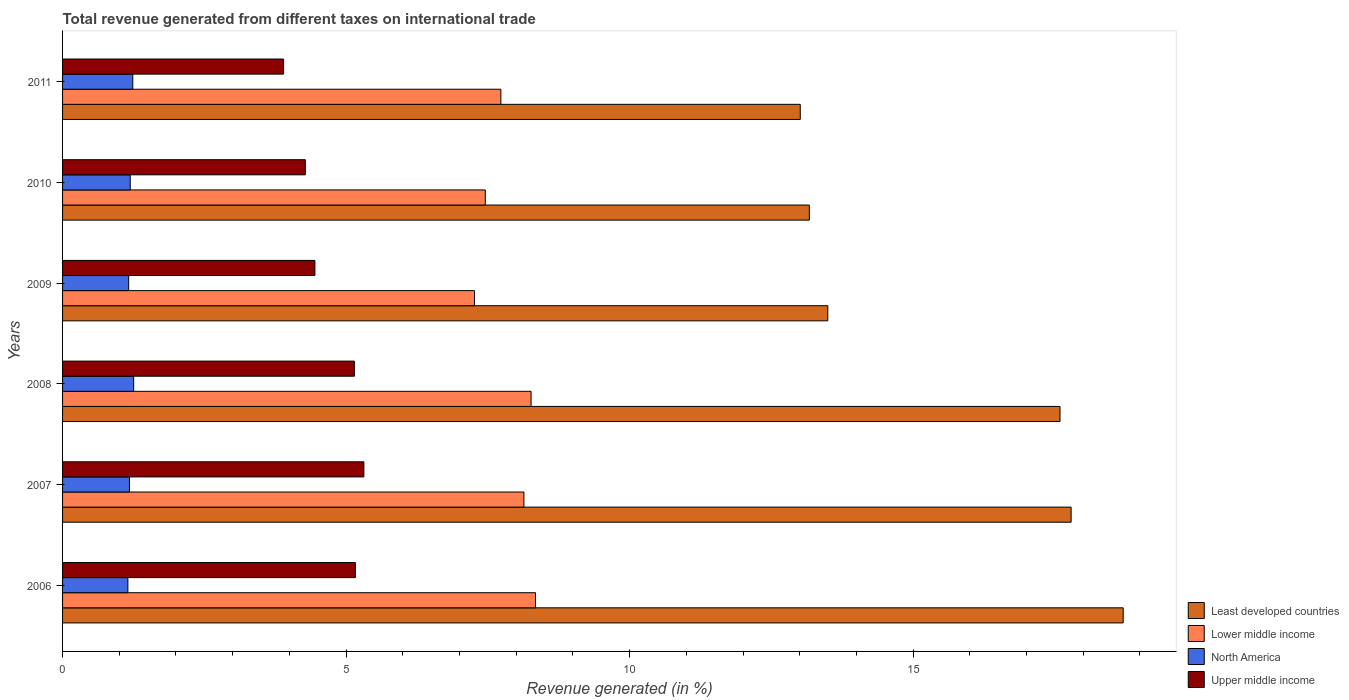
| Years | Least developed countries | Lower middle income | North America | Upper middle income |
 | --- | --- | --- | --- | --- |
 | 2006 | 18.7 | 8.34 | 1.15 | 5.16 |
 | 2007 | 17.8 | 8.14 | 1.18 | 5.31 |
 | 2008 | 17.6 | 8.26 | 1.25 | 5.15 |
 | 2009 | 13.5 | 7.26 | 1.17 | 4.45 |
 | 2010 | 13.2 | 7.45 | 1.19 | 4.28 |
 | 2011 | 13 | 7.73 | 1.24 | 3.9 |